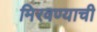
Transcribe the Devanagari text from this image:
मिरवण्याची